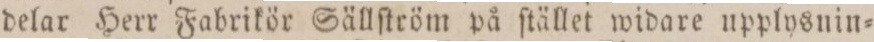
delar Herr Fabrikör Sällſtröm på ſtället widare upplysnin=